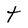
Character: t